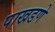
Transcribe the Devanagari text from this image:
पाखडणे